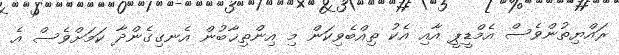
ރައްޔިތުންވެސް އެމްޑީޕީ އާއި އެކު ތިއްބެވިކަން މި އިންތިޚާބުން އެނގިގެންދާ ކަމަށްވެސް އެ